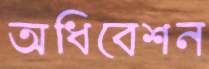
অধিবেশন